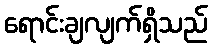
ရောင်းချလျက်ရှိသည်